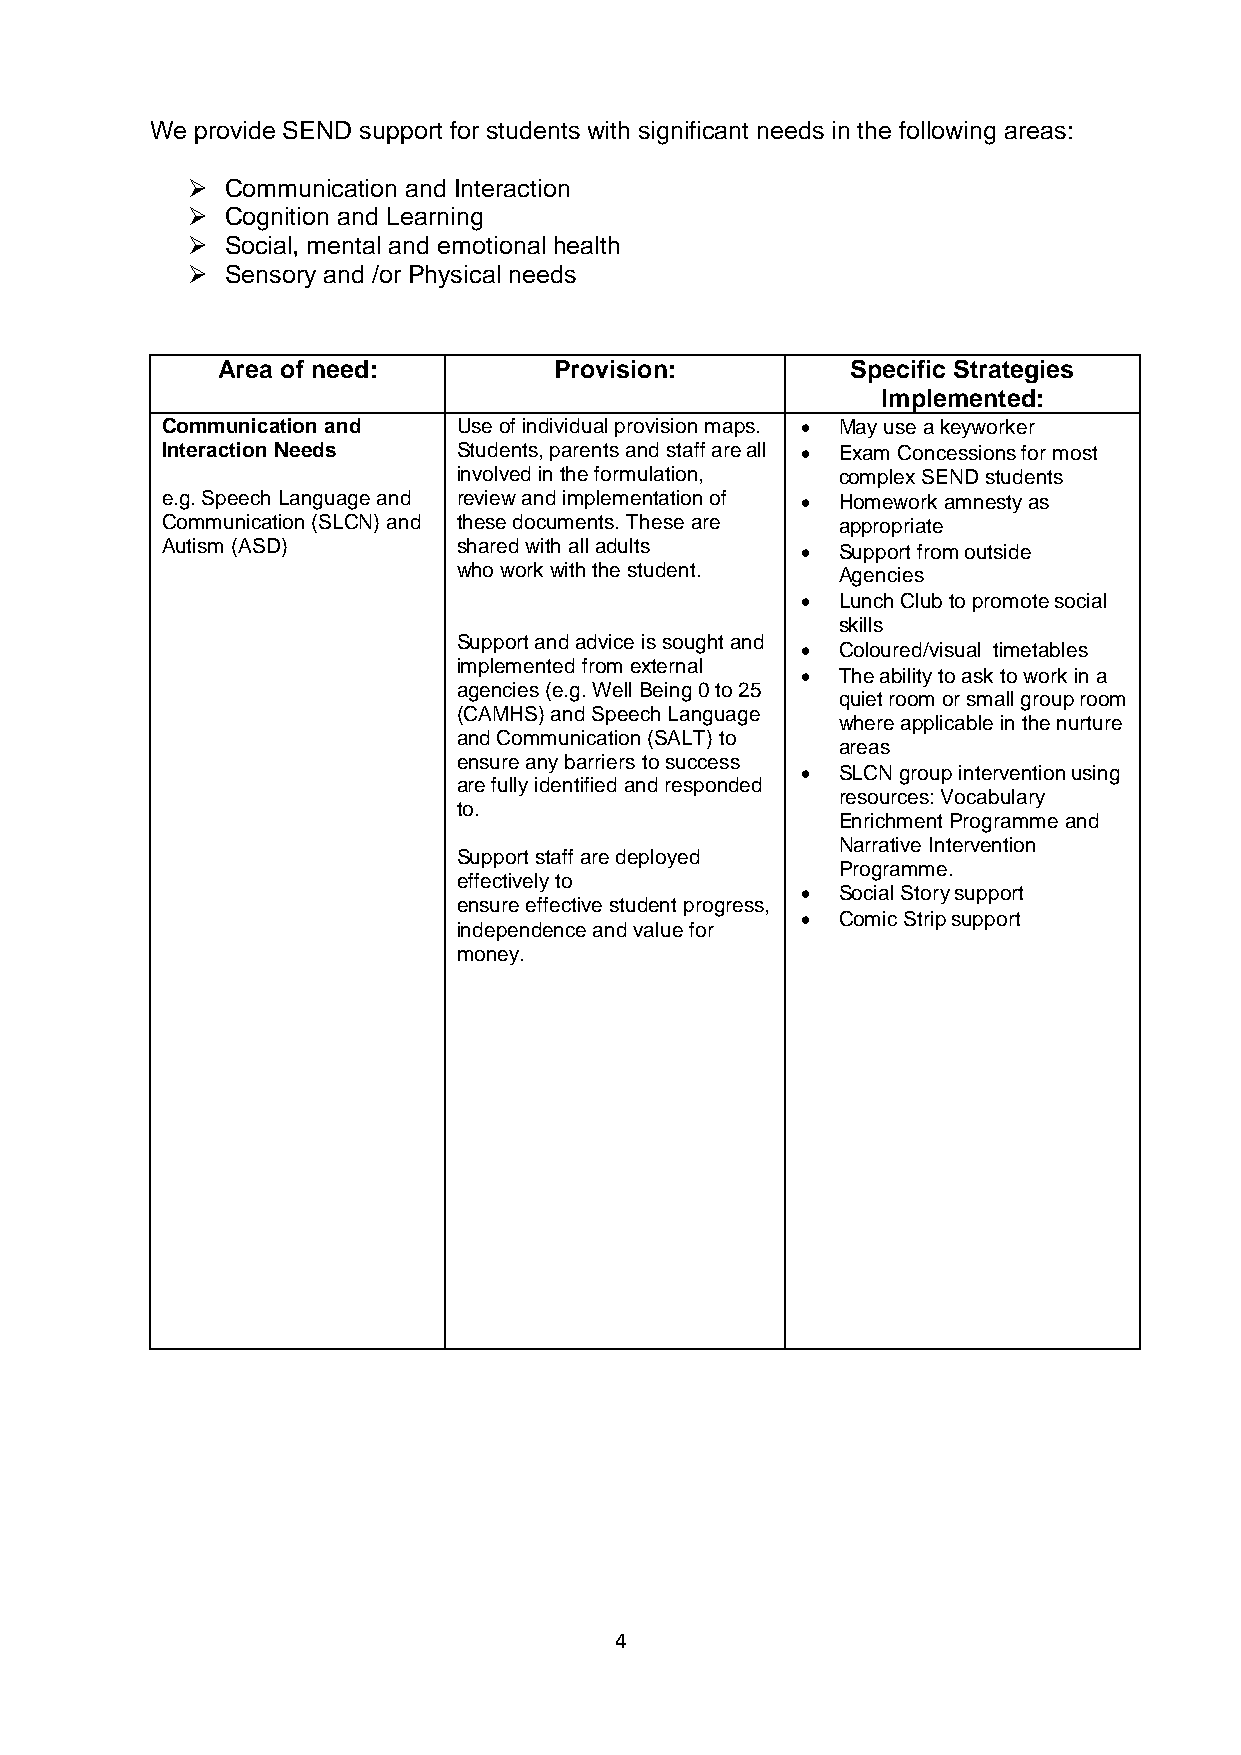
We provide SEND support for students with significant needs in the following areas:
 ➢  Communication and Interaction
 ➢  Cognition and Learning
 ➢  Social, mental and emotional health
 ➢  Sensory and /or Physical needs
 Area of need:          Provision:         Specific Strategies
 Implemented:
 Communication and  Use of individual provision maps. • May use a keyworker
 Interaction Needs  Students, parents and staff are all • Exam Concessions for most
 involved in the formulation, complex SEND students
 e.g. Speech Language and review and implementation of • Homework amnesty as
 Communication (SLCN) and these documents. These are appropriate
 Autism (ASD)       shared with all adults •  Support from outside
 who work with the student. Agencies
 •  Lunch Club to promote social
 skills
 Support and advice is sought and
 •  Coloured/visual timetables
 implemented from external
 •  The ability to ask to work in a
 agencies (e.g. Well Being 0 to 25
 quiet room or small group room
 (CAMHS) and Speech Language
 where applicable in the nurture
 and Communication (SALT) to
 areas
 ensure any barriers to success
 •  SLCN group intervention using
 are fully identified and responded
 resources: Vocabulary
 to.
 Enrichment Programme and
 Narrative Intervention
 Support staff are deployed
 Programme.
 effectively to
 •  Social Story support
 ensure effective student progress,
 •  Comic Strip support
 independence and value for
 money.
 4